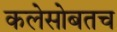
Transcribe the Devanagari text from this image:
कलेसोबतच